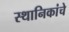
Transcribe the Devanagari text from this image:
स्थानिकांचे